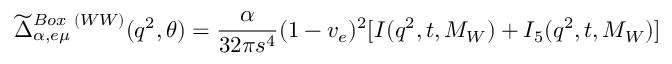
\widetilde { \Delta } _ { \alpha , e \mu } ^ { B o x ~ ( W W ) } ( q ^ { 2 } , \theta ) = { \frac { \alpha } { 3 2 \pi s ^ { 4 } } } ( 1 - v _ { e } ) ^ { 2 } [ I ( q ^ { 2 } , t , M _ { W } ) + I _ { 5 } ( q ^ { 2 } , t , M _ { W } ) ]